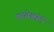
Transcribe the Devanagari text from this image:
परमेश्वरूप